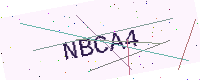
Text: NBCA4